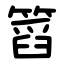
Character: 䈱